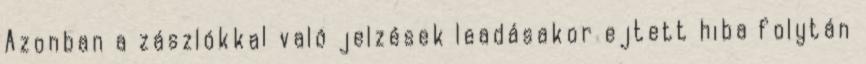
Azonban a zászlókkal való jelzések leadásakor ejtett hiba folytán